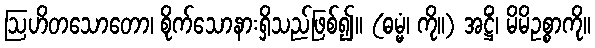
ဩဟိတသောတော၊ စိုက်သောနားရှိသည်ဖြစ်၍။ (ဓမ္မံ၊ ကို။) အဋ္ဌိံ၊ မိမိဥစ္စာကို။